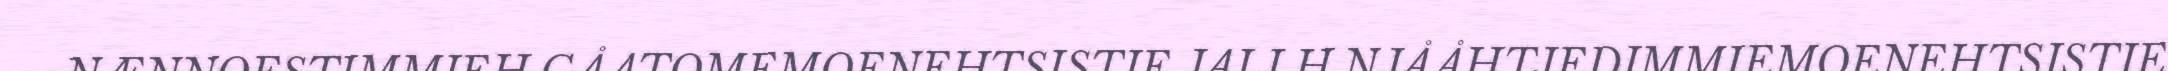
NÆNNOESTIMMIEH GÅATOMEMOENEHTSISTIE JALLH NJÅÅHTJEDIMMIEMOENEHTSISTIE